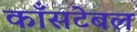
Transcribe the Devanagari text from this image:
काँसटेबल